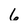
Character: 6